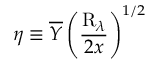
\eta \equiv \overline { { Y } } \left( \frac { \mathrm { R } _ { \lambda } } { 2 x } \right) ^ { 1 / 2 }